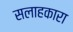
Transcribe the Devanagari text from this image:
सलाहकारा